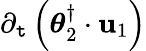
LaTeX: \partial_{\mathtt{t}}\left(\boldsymbol{\theta}_{2}^{\dagger}\cdot\mathbf{{u}}_{1}\right)